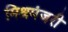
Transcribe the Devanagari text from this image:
मिश्रमंजरी